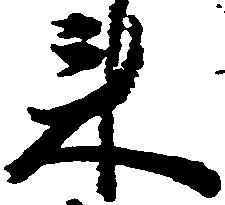
来